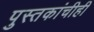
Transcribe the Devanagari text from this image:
पुस्तकांचीही